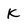
Character: k